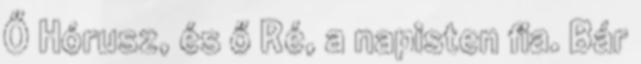
Ő Hórusz, és ő Ré, a napisten fia. Bár